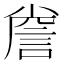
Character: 𮘐